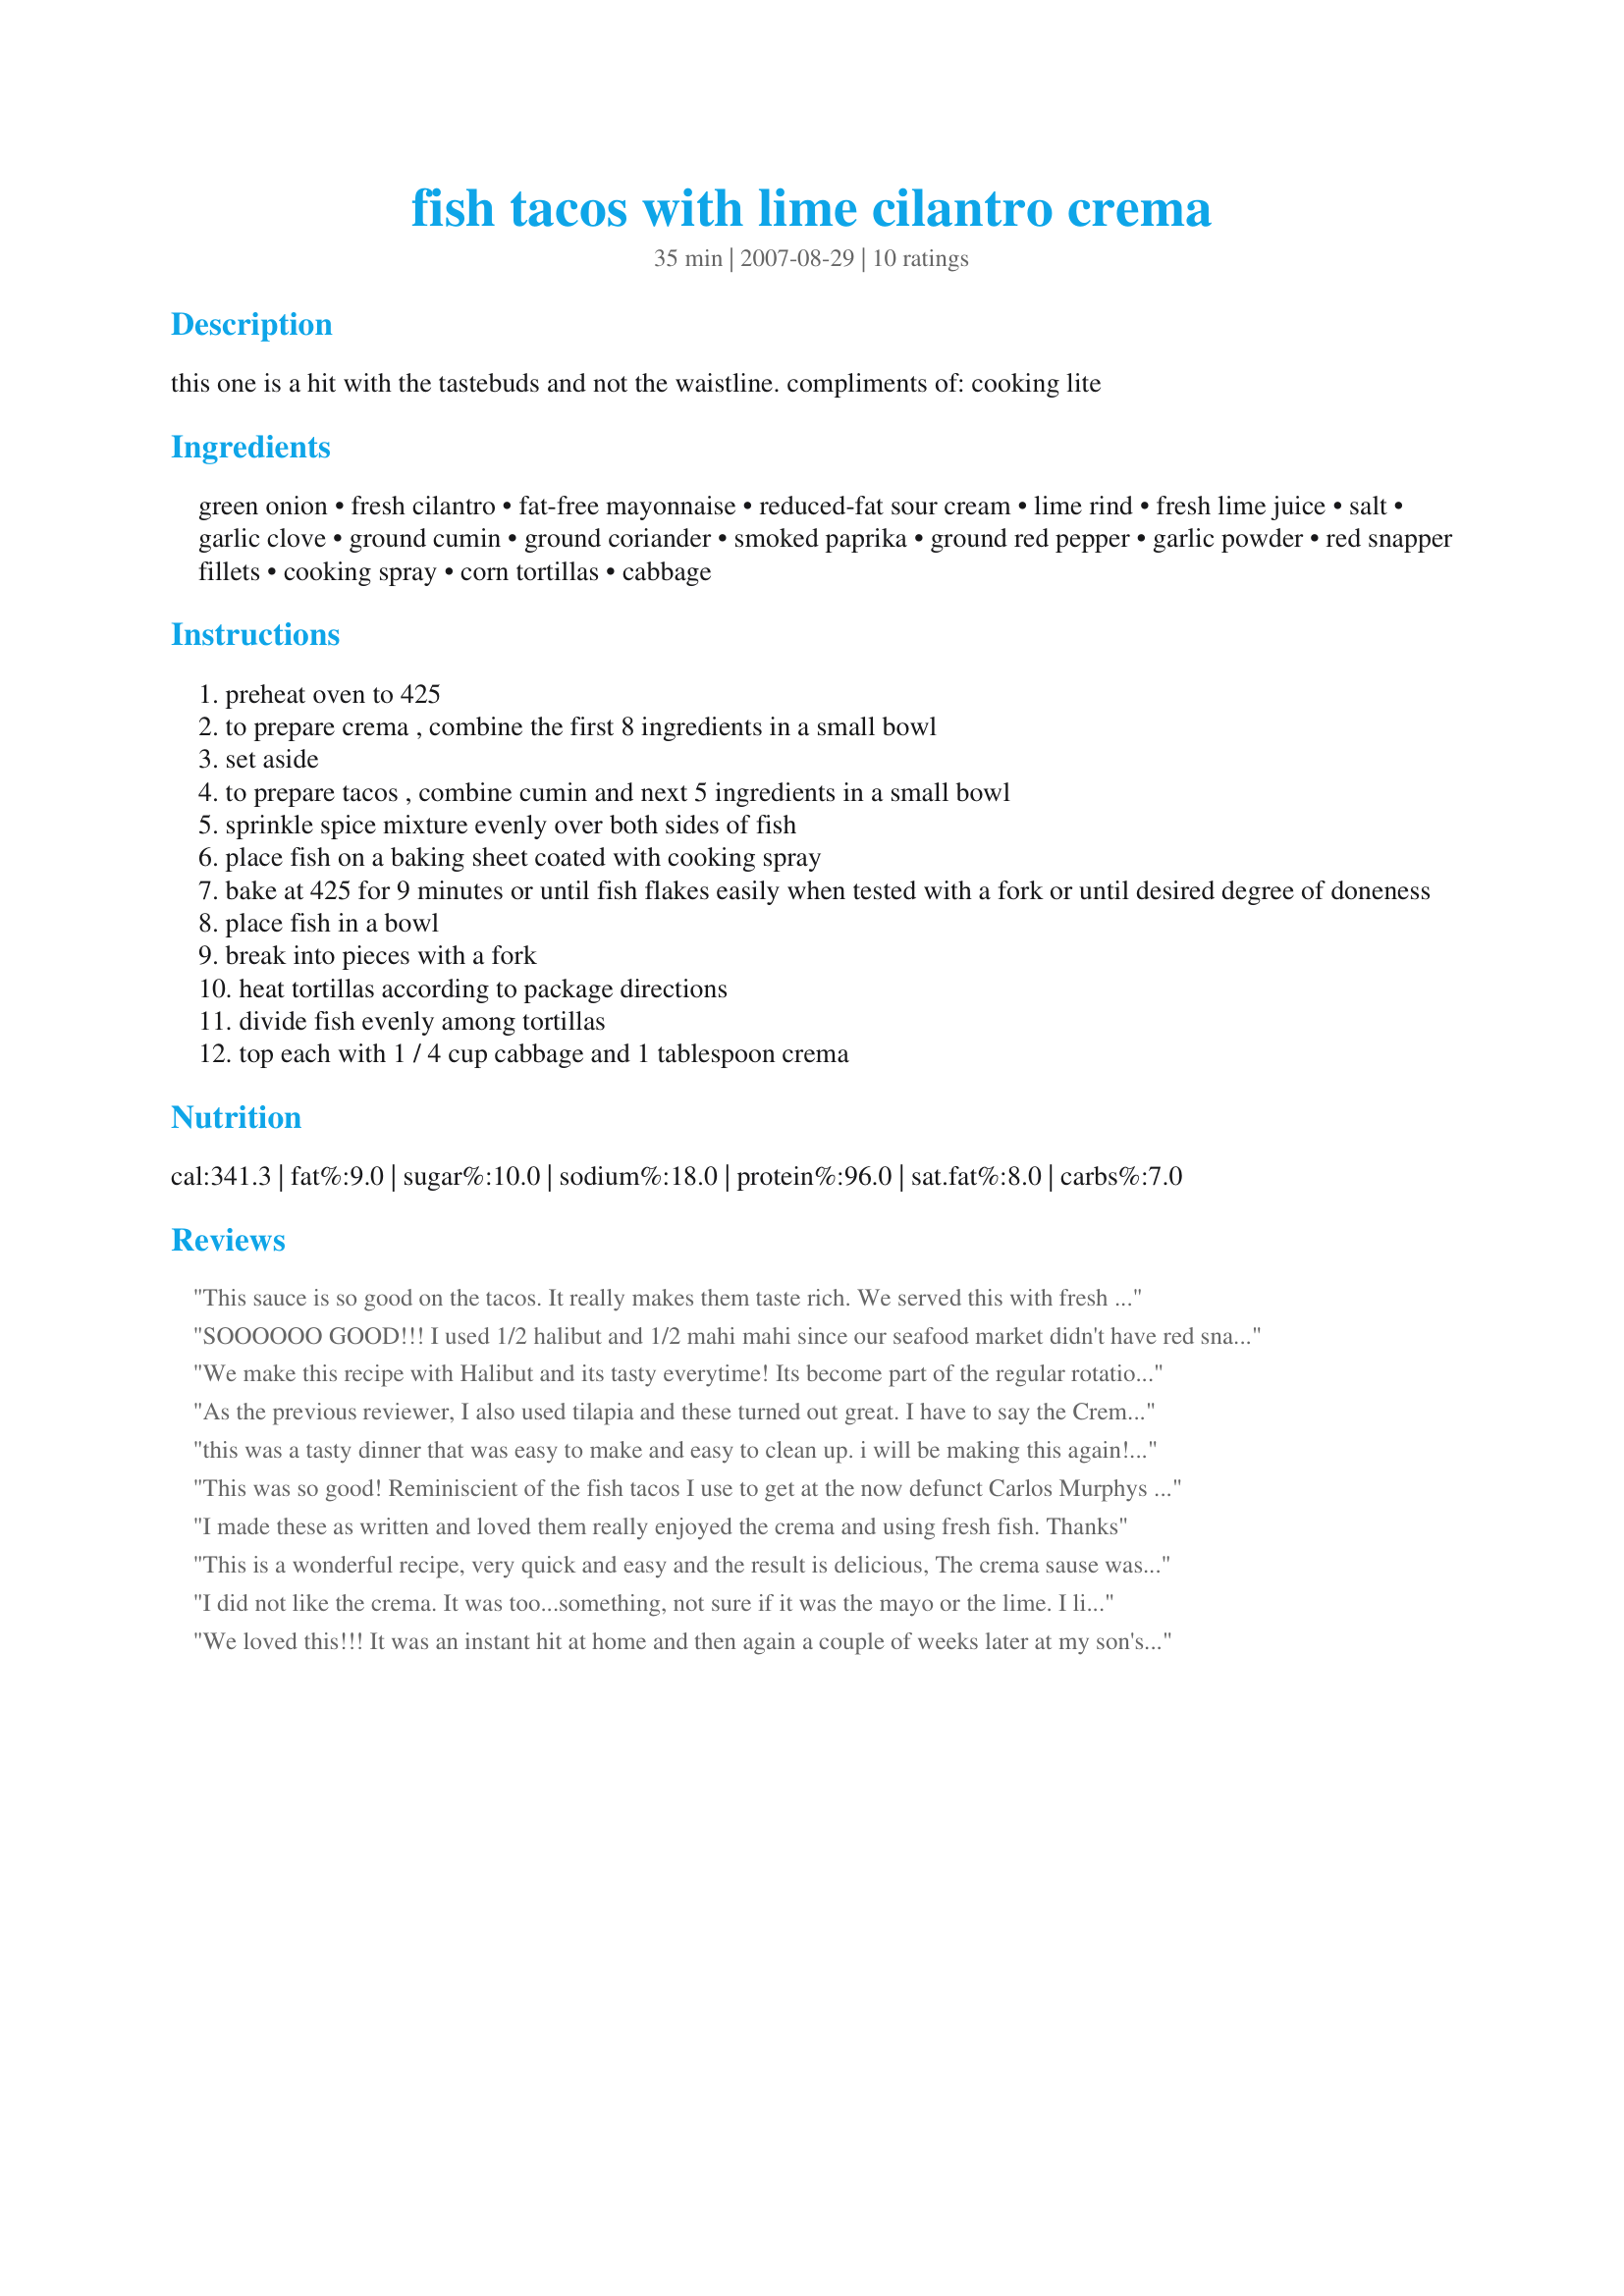
fish tacos with lime cilantro crema
Preparation time: 35 minutes

this one is a hit with the tastebuds and not the waistline.
compliments of: cooking lite

Ingredients:
green onion, fresh cilantro, fat-free mayonnaise, reduced-fat sour cream, lime rind, fresh lime juice, salt, garlic clove, ground cumin, ground coriander, smoked paprika, ground red pepper, garlic powder, red snapper fillets, cooking spray, corn tortillas, cabbage

Steps:
preheat oven to 425
to prepare crema , combine the first 8 ingredients in a small bowl
set aside
to prepare tacos , combine cumin and next 5 ingredients in a small bowl
sprinkle spice mixture evenly over both sides of fish
place fish on a baking sheet coated with cooking spray
bake at 425 for 9 minutes or until fish flakes easily when tested with a fork or until desired degree of doneness
place fish in a bowl
break into pieces with a fork
heat tortillas according to package directions
divide fish evenly among tortillas
top each with 1 / 4 cup cabbage and 1 tablespoon crema

Reviews:
This sauce is so good on the tacos. It really makes them taste rich. We served this with fresh pico de gallo and even my annoyingly picky in-laws couldn't get enough of them. Using cabbage instead of lettuce on these is not only more authentic, it really gives them a nice cruch. I was skeptical, but I will never eat them any other way. We used cod fillets since I see them in fish taco recipes all the time. It makes a nice chunky fish. Thanks for sharing!
SOOOOOO GOOD!!! I used 1/2 halibut and 1/2 mahi mahi since our seafood market didn't have red snapper. I also substituted vegan mayo and vegan sour cream in the crema (can't have dairy or eggs). It was out of control! Even my super picky fiance gobbled it up. I added pico de gallo recipe 83371 as an optional condiment...wonderful! This recipe is a keeper for sure!!!! The best fish tacos I have ever had the pleasure of eating!!!
We make this recipe with Halibut and its tasty everytime! Its become part of the regular rotation. Thanks for posting!
As the previous reviewer, I also used tilapia and these turned out great. I have to say the Crema Sauce really makes this recipe. It was a wonderful meal that we both enjoyed. Thanks for sharing!
this was a tasty dinner that was easy to make and easy to clean up. i will be making this again! thanks!
This was so good! Reminiscient of the fish tacos I use to get at the now defunct Carlos Murphys in San Diego. Thanks so much for sharing!!!
I made these as written and loved them really enjoyed the crema and using fresh fish. Thanks
This is a wonderful recipe, very quick and easy and the result is delicious, The crema sause was a good blend of flavors, I did thin it a bit with lime juice. The rub for the fish was a good blend of spices, it would work for fish anytime.
I did not like the crema. It was too...something, not sure if it was the mayo or the lime. I liked the fish spice. I used aldi frozen talapia and it was great
We loved this!!! It was an instant hit at home and then again a couple of weeks later at my son's house. Both times I used tilapia instead of red snapper and romaine lettuce instead of cabbage. Plus, the lime cilantro cream would be good with just grilled fish, if you wanted to fore-go the idea of tacos. Oh! and instead of heating up the oven ... and the kitchen ... I grilled the fish on my George Foreman grill in 3 minutes. Excellent! Thank you, Little Remy, for posting!
